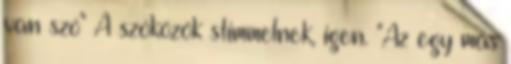
van szó" A szóközök stimmelnek, igen. "Az egy más